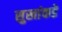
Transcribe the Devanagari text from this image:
सुखांकडे